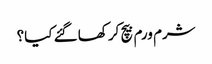
شرم ورم بیچ کر کھا گئے کیا؟